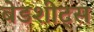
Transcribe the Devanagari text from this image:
बेडशीट्स